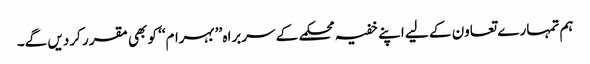
ہم تمہارے تعاون کے لیے اپنے خفیہ محکمے کے سربراہ ’’بہرام‘‘ کو بھی مقرر کردیں گے۔